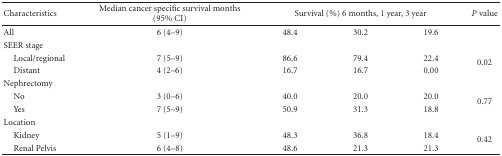
| Characteristics | Median cancer specific survival months (95% CI) | <COLSPAN=3> Survival (%) 6 months, 1 year, 3 year | P value |
 | --- | --- | --- | --- | --- | --- |
 | All | 6 (4–9) | 48.4 | 30.2 | 19.6 |  |
 | SEER stage |  |  |  |  |  |
 | Local/regional | 7 (5–9) | 86.6 | 79.4 | 22.4 | <ROWSPAN=2> 0.02 |
 | Distant | 4 (2–6) | 16.7 | 16.7 | 0.00 |
 | Nephrectomy |  |  |  |  |  |
 | No | 3 (0–6) | 40.0 | 20.0 | 20.0 | <ROWSPAN=2> 0.77 |
 | Yes | 7 (5–9) | 50.9 | 31.3 | 18.8 |
 | Location |  |  |  |  |  |
 | Kidney | 5 (1–9) | 48.3 | 36.8 | 18.4 | <ROWSPAN=2> 0.42 |
 | Renal Pelvis | 6 (4–8) | 48.6 | 21.3 | 21.3 |